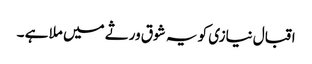
اقبال نیازی کو یہ شوق ورثے میں ملا ہے ۔